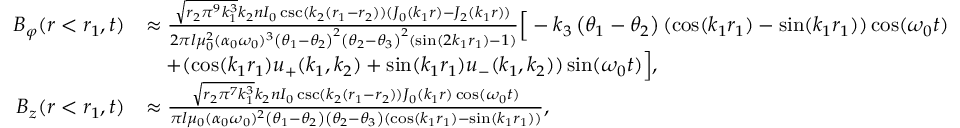
\begin{array} { r l } { B _ { \varphi } ( r < r _ { 1 } , t ) } & { \approx \frac { \sqrt { r _ { 2 } \pi ^ { 9 } k _ { 1 } ^ { 3 } } k _ { 2 } n I _ { 0 } \csc ( k _ { 2 } ( r _ { 1 } - r _ { 2 } ) ) ( J _ { 0 } ( k _ { 1 } r ) - J _ { 2 } ( k _ { 1 } r ) ) } { 2 \pi l \mu _ { 0 } ^ { 2 } ( \alpha _ { 0 } \omega _ { 0 } ) ^ { 3 } \left( \theta _ { 1 } - \theta _ { 2 } \right) ^ { 2 } \left( \theta _ { 2 } - \theta _ { 3 } \right) ^ { 2 } ( \sin ( 2 k _ { 1 } r _ { 1 } ) - 1 ) } \Big [ - k _ { 3 } \left( \theta _ { 1 } - \theta _ { 2 } \right) ( \cos ( k _ { 1 } r _ { 1 } ) - \sin ( k _ { 1 } r _ { 1 } ) ) \cos ( \omega _ { 0 } t ) } \\ & { \quad + ( \cos ( k _ { 1 } r _ { 1 } ) u _ { + } ( k _ { 1 } , k _ { 2 } ) + \sin ( k _ { 1 } r _ { 1 } ) u _ { - } ( k _ { 1 } , k _ { 2 } ) ) \sin ( \omega _ { 0 } t ) \Big ] , } \\ { B _ { z } ( r < r _ { 1 } , t ) } & { \approx \frac { \sqrt { r _ { 2 } \pi ^ { 7 } k _ { 1 } ^ { 3 } } k _ { 2 } n I _ { 0 } \csc ( k _ { 2 } ( r _ { 1 } - r _ { 2 } ) ) J _ { 0 } ( k _ { 1 } r ) \cos ( \omega _ { 0 } t ) } { \pi l \mu _ { 0 } ( \alpha _ { 0 } \omega _ { 0 } ) ^ { 2 } \left( \theta _ { 1 } - \theta _ { 2 } \right) \left( \theta _ { 2 } - \theta _ { 3 } \right) ( \cos ( k _ { 1 } r _ { 1 } ) - \sin ( k _ { 1 } r _ { 1 } ) ) } , } \end{array}